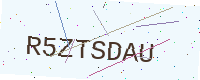
Text: R5ZTSDAU